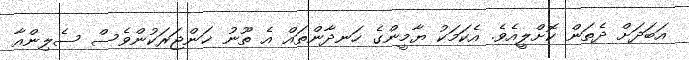
އަބަދަށް ދެތަން ކޮށްލީއެވެ. އެކަމަކު ޔާމީންގެ ހަނދާންތައް އެ ތޫނު ޚަންޖަރަކުންވެސް ސެލިންއާ